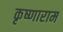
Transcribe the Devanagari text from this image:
कृष्णाराम